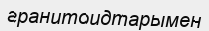
гранитоидтарымен